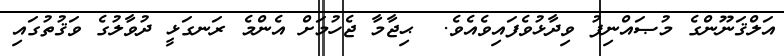
އަލްޤަނޫންގެ މުޞައްނިފު ވިދާޅުވެފައިވެއެވެ.  ޙިޖާމާ ޖެހުމަށް އެންމެ ރަނގަޅީ ދުވާލުގެ ވަޤުތުގައި